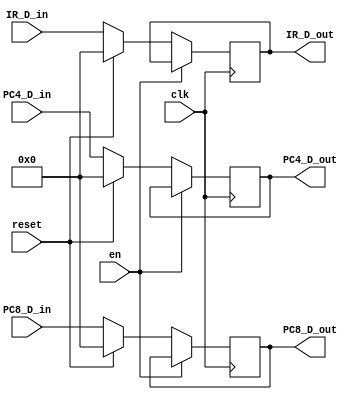
`timescale 1ns / 1ps
//////////////////////////////////////////////////////////////////////////////////
// Company: 
// Engineer: 
// 
// Design Name: 
// Module Name:    IF_ID_register 
// Project Name: 
// Target Devices: 
// Tool versions: 
// Description: 
//
// Dependencies: 
//
// Revision: 
// Revision 0.01 - File Created
// Additional Comments: 
//
//////////////////////////////////////////////////////////////////////////////////
module IF_ID_register(
    input clk,
	 input reset,
	 input en,
	 input[31:0] IR_D_in,
    input[31:0] PC4_D_in,
    input[31:0] PC8_D_in,
    output reg[31:0] IR_D_out,
    output reg[31:0] PC4_D_out,
    output reg [31:0] PC8_D_out
    );
	 
	 initial begin
	        IR_D_out=32'b0;
			  PC4_D_out=32'b0;
			  PC8_D_out=32'b0;
	 end
    always@(posedge clk)begin
	   if(~en)begin
		  if(reset)begin
			  IR_D_out=0;
			  PC4_D_out=0;
			  PC8_D_out=0;
		  end
		  else begin
			  IR_D_out=IR_D_in;
			  PC4_D_out=PC4_D_in;
			  PC8_D_out=PC8_D_in;
		  end
	   end
	 end

endmodule